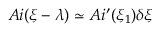
A i ( \xi - \lambda ) \simeq A i ^ { \prime } ( \xi _ { 1 } ) \delta \xi